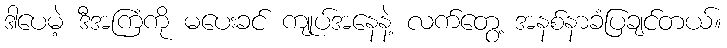
ဒါပေမဲ့ ဒီအကြံကို မပေးခင် ကျုပ်အနေနဲ့ လက်တွေ့ အနစ်နာခံပြချင်တယ်။